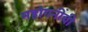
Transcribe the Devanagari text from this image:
महोगनींची